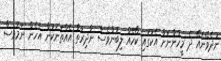
ނުދެވޭނެއޭ ދެ މީހުންނަށް އެކުގައި ކޯހެއް ލިބުންވެސް ނާދިރުތާ އެއްތަނަކުން އެހެން ނަމަވެސް